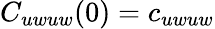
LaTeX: C_{uwuw}(0)=c_{uwuw}